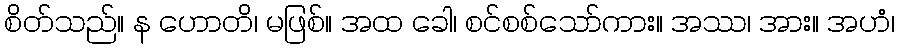
စိတ်သည်။ န ဟောတိ၊ မဖြစ်။ အထ ခေါ၊ စင်စစ်သော်ကား။ အဿ၊ အား။ အဟံ၊